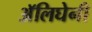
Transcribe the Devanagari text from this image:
अॅलिघेनी